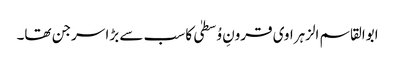
ابوالقاسم الزہراوی قرونِ وُسطیٰ کا سب سے بڑا سرجن تھا۔